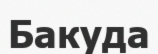
Бакуда